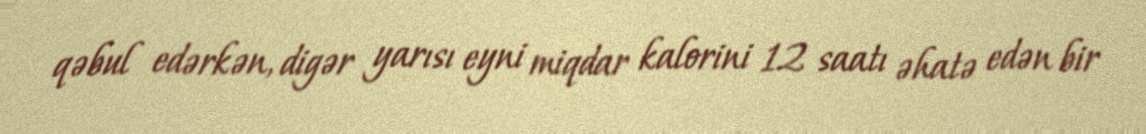
qəbul edərkən, digər yarısı eyni miqdar kalorini 12 saatı əhatə edən bir